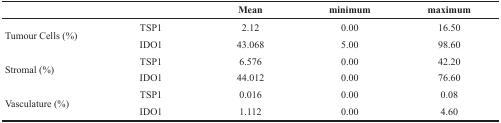
|  |  | Mean | minimum | maximum |
 | --- | --- | --- | --- | --- |
 | <ROWSPAN=2> Tumour Cells (%) | TSP1 | 2.12 | 0.00 | 16.50 |
 | IDO1 | 43.068 | 5.00 | 98.60 |
 | <ROWSPAN=2> Stromal (%) | TSP1 | 6.576 | 0.00 | 42.20 |
 | IDO1 | 44.012 | 0.00 | 76.60 |
 | <ROWSPAN=2> Vasculature (%) | TSP1 | 0.016 | 0.00 | 0.08 |
 | IDO1 | 1.112 | 0.00 | 4.60 |